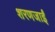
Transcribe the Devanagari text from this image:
शरणजाईं